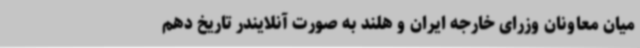
میان معاونان وزرای خارجه ایران و هلند به صورت آنلایندر تاریخ دهم